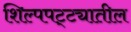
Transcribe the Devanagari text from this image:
शिल्पपट्ट्यातील